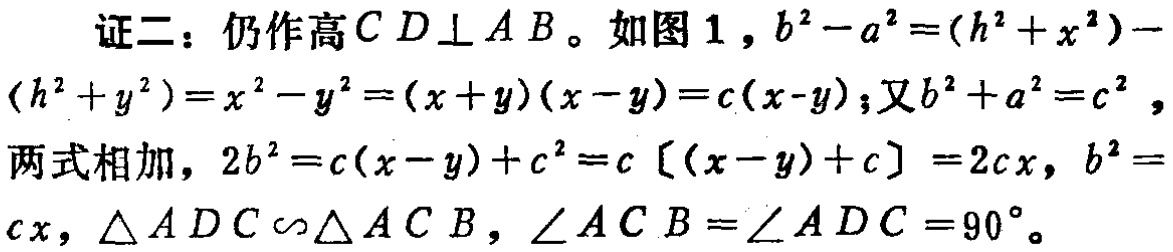
证二：仍作高 \(CD\perp AB\)。如图1，\(b^{2}-a^{2}=(h^{2}+x^{2})-(h^{2}+y^{2})=x^{2}-y^{2}=(x + y)(x - y)=c(x - y)\)；又\(b^{2}+a^{2}=c^{2}\)，两式相加，\(2b^{2}=c(x - y)+c^{2}=c[(x - y)+c]=2cx\)，\(b^{2}=cx\)，\(\triangle ADC\sim\triangle ACB\)，\(\angle ACB=\angle ADC = 90^{\circ}\)。